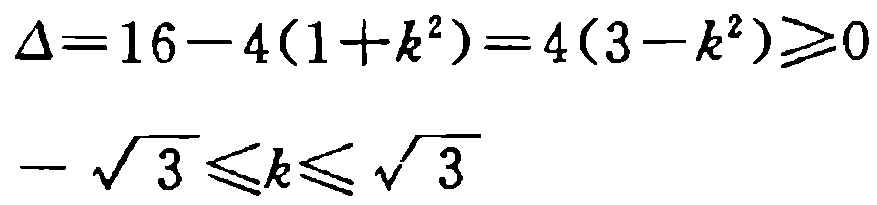
\[\Delta = 16 - 4(1 + k^{2}) = 4(3 - k^{2})\geqslant0\]
\[-\sqrt{3}\leqslant k\leqslant\sqrt{3}\]